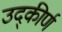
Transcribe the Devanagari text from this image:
उद्कीर्ण